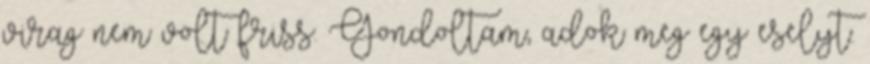
virag nem volt friss. Gondoltam, adok meg egy eselyt.